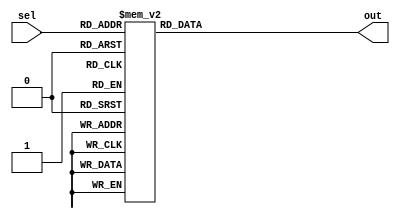
module Decoder_3to8 (
	output [7:0]out, 
	input [2:0]sel);
	
    reg [7:0]out;
    
    always @ (sel)
    begin
        case (sel)
            3'b000 : out = 8'b10000000; // case 0
            3'b001 : out = 8'b01000000; // case 1 
            3'b010 : out = 8'b00100000; // case 2
            3'b011 : out = 8'b00010000; // case 3
            3'b100 : out = 8'b00001000; // case 4
            3'b101 : out = 8'b00000100; // case 5
            3'b110 : out = 8'b00000010; // case 6
            3'b111 : out = 8'b00000001; // case 7
        endcase
    end

endmodule